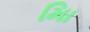
માિ